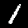
Digit: 1